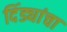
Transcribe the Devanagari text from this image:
दिंड्यांचा